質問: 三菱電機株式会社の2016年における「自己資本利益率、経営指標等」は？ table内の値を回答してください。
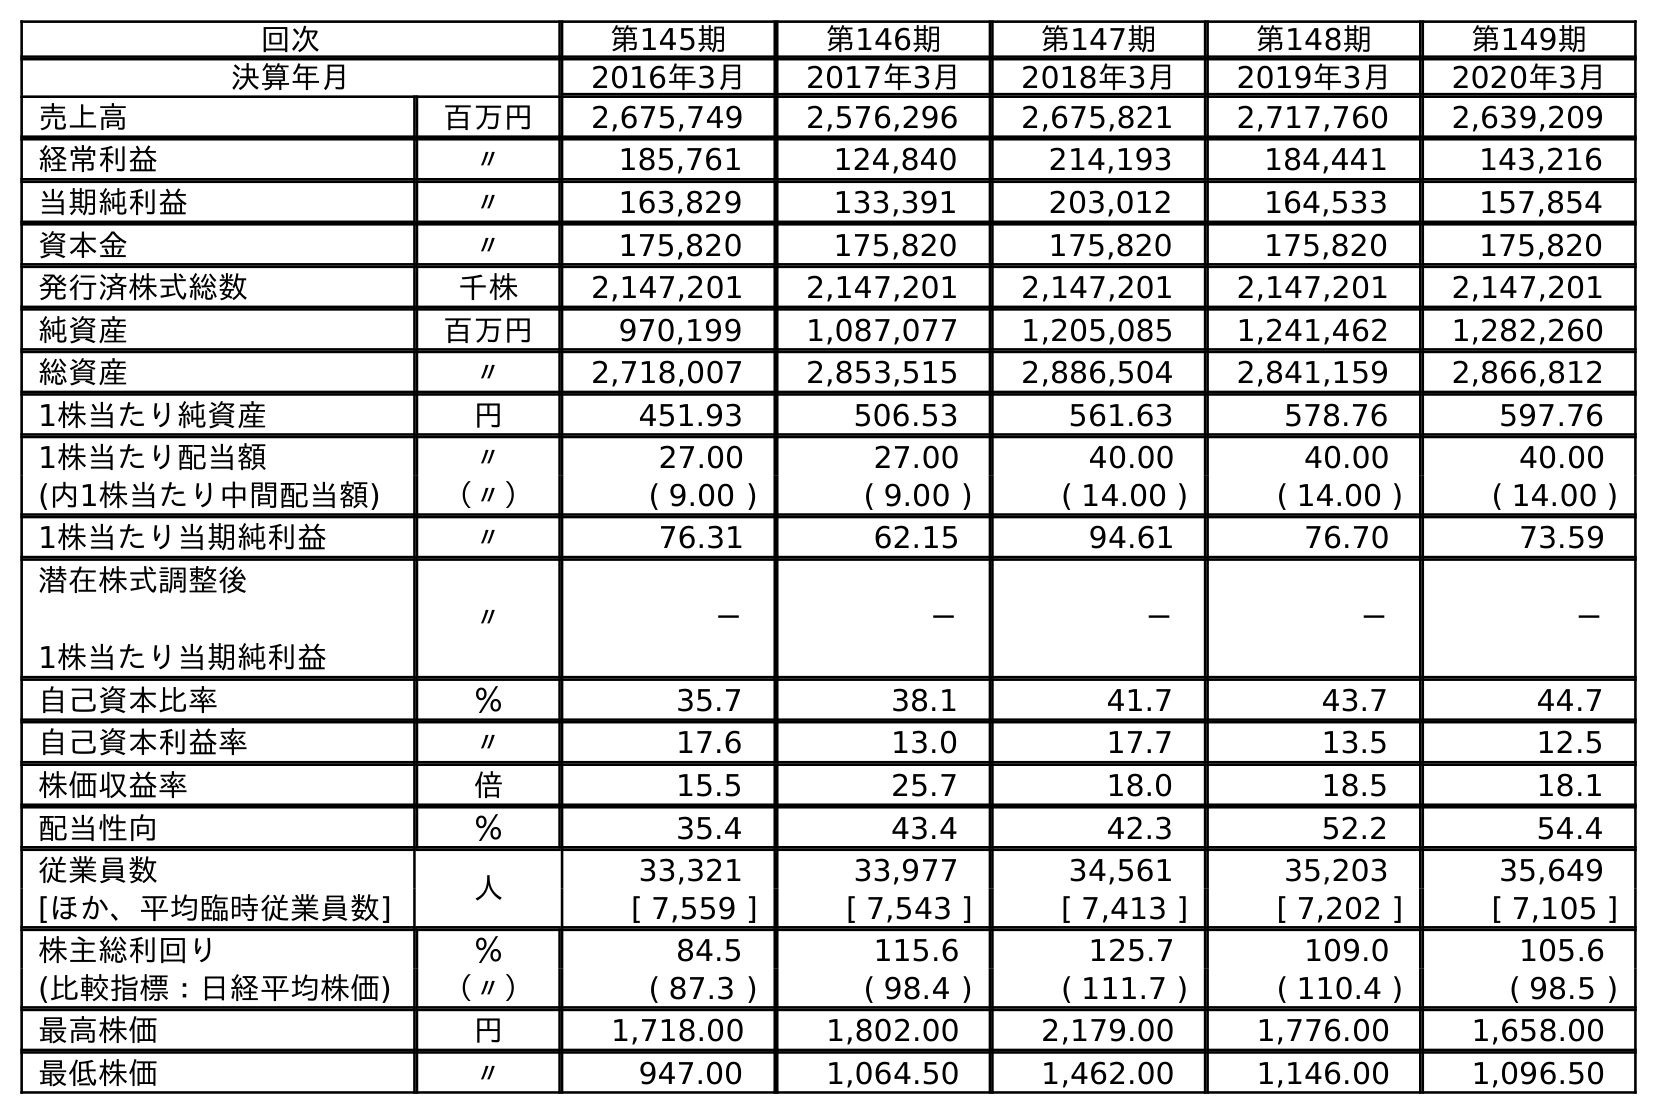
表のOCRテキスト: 回次 第145期 第146期 第147期 第148期 第149期 決算年月 2016年3月 2017年3月 2018年3月 2019年3月 2020年3月 売上高 百万円 2,675,749 2,576,296 2,675,821 2,717,760 2,639,209 経常利益 〃 185,761 124,840 214,193 184,441 143,216 当期純利益 〃 163,829 133,391 203,012 164,533 157,854 資本金 〃 175,820 175,820 175,820 175,820 175,820 発行済株式総数 千株 2,147,201 2,147,201 2,147,201 2,147,201 2,147,201 純資産 百万円 970,199 1,087,077 1,205,085 1,241,462 1,282,260 総資産 〃 2,718,007 2,853,515 2,886,504 2,841,159 2,866,812 1株当たり純資産 円 451.93 506.53 561.63 578.76 597.76 1株当たり配当額 〃 27.00 27.00 40.00 40.00 40.00 (内1株当たり中間配当額) （〃） ( 9.00 ) ( 9.00 ) ( 14.00 ) ( 14.00 ) ( 14.00 ) 1株当たり当期純利益 〃 76.31 62.15 94.61 76.70 73.59 潜在株式調整後 1株当たり当期純利益 〃 － － － － － 自己資本比率 ％ 35.7 38.1 41.7 43.7 44.7 自己資本利益率 〃 17.6 13.0 17.7 13.5 12.5 株価収益率 倍 15.5 25.7 18.0 18.5 18.1 配当性向 ％ 35.4 43.4 42.3 52.2 54.4 従業員数 人 33,321 33,977 34,561 35,203 35,649 [ほか、平均臨時従業員数] [ 7,559 ] [ 7,543 ] [ 7,413 ] [ 7,202 ] [ 7,105 ] 株主総利回り ％ 84.5 115.6 125.7 109.0 105.6 (比較指標：日経平均株価) （〃） ( 87.3 ) ( 98.4 ) ( 111.7 ) ( 110.4 ) ( 98.5 ) 最高株価 円 1,718.00 1,802.00 2,179.00 1,776.00 1,658.00 最低株価 〃 947.00 1,064.50 1,462.00 1,146.00 1,096.50
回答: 17.6